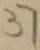
3 7